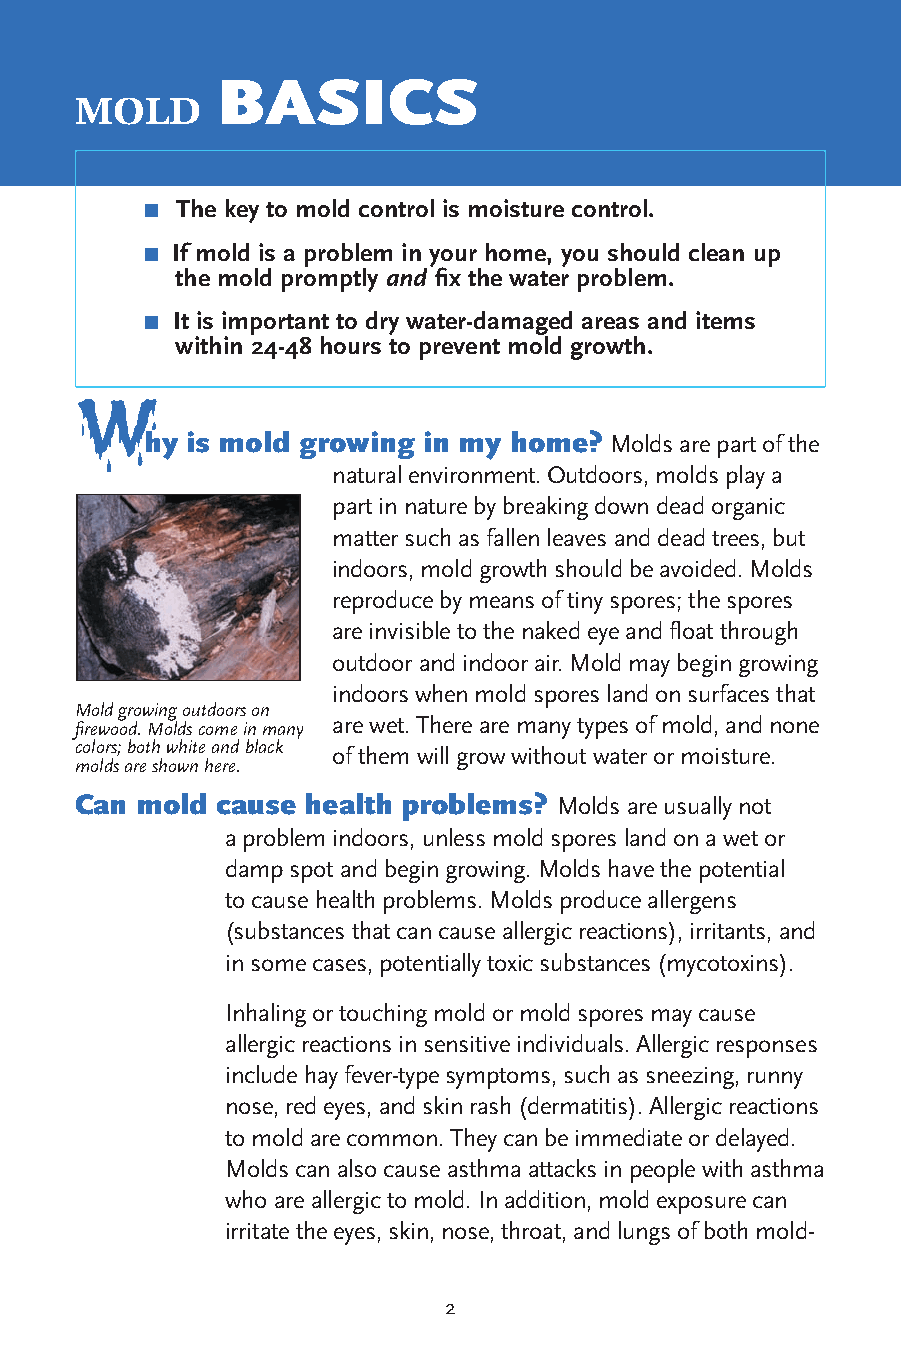
Basics
 Mold
 ■ The key to mold control is moisture control.
 ■ If mold is a problem in your home, you should clean up
 the mold promptly and fix the water problem.
 ■ It is important to dry water-damaged areas and items
 within 24-48 hours to prevent mold growth.
 W
 hy is mold growing in my home? Molds are part of the
 natural environment. Outdoors, molds play a
 part in nature by breaking down dead organic
 matter such as fallen leaves and dead trees, but
 indoors, mold growth should be avoided. Molds
 reproduce by means of tiny spores; the spores
 are invisible to the naked eye and float through
 outdoor and indoor air. Mold may begin growing
 indoors when mold spores land on surfaces that
 Mold growing outdoors on
 firewood. Molds come in many are wet. There are many types of mold, and none
 colors; both white and black
 of them will grow without water or moisture.
 molds are shown here.
 can mold cause health problems? Molds are usually not
 a problem indoors, unless mold spores land on a wet or
 damp spot and begin growing. Molds have the potential
 to cause health problems. Molds produce allergens
 (substances that can cause allergic reactions), irritants, and
 in some cases, potentially toxic substances (mycotoxins).
 Inhaling or touching mold or mold spores may cause
 allergic reactions in sensitive individuals. Allergic responses
 include hay fever-type symptoms, such as sneezing, runny
 nose, red eyes, and skin rash (dermatitis). Allergic reactions
 to mold are common. They can be immediate or delayed.
 Molds can also cause asthma attacks in people with asthma
 who are allergic to mold. In addition, mold exposure can
 irritate the eyes, skin, nose, throat, and lungs of both mold-
 2